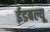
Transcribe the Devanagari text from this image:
ईडबल्यू